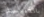
بالكنيسة